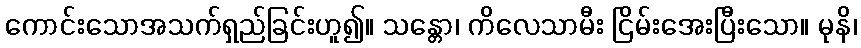
ကောင်းသောအသက်ရှည်ခြင်းဟူ၍။ သန္တော၊ ကိလေသာမီး ငြိမ်းအေးပြီးသော။ မုနိ၊